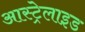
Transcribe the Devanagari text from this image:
आस्ट्रेलाइड